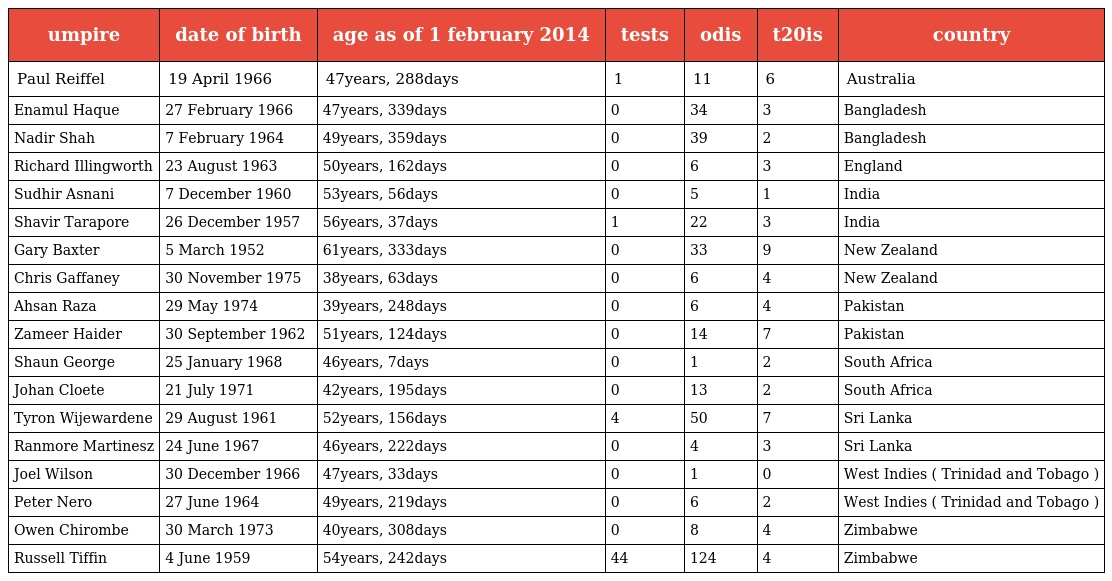
| umpire | date of birth | age as of 1 february 2014 | tests | odis | t20is | country |
 | --- | --- | --- | --- | --- | --- | --- |
 | Paul Reiffel | 19 April 1966 | 47years, 288days | 1 | 11 | 6 | Australia |
 | Enamul Haque | 27 February 1966 | 47years, 339days | 0 | 34 | 3 | Bangladesh |
 | Nadir Shah | 7 February 1964 | 49years, 359days | 0 | 39 | 2 | Bangladesh |
 | Richard Illingworth | 23 August 1963 | 50years, 162days | 0 | 6 | 3 | England |
 | Sudhir Asnani | 7 December 1960 | 53years, 56days | 0 | 5 | 1 | India |
 | Shavir Tarapore | 26 December 1957 | 56years, 37days | 1 | 22 | 3 | India |
 | Gary Baxter | 5 March 1952 | 61years, 333days | 0 | 33 | 9 | New Zealand |
 | Chris Gaffaney | 30 November 1975 | 38years, 63days | 0 | 6 | 4 | New Zealand |
 | Ahsan Raza | 29 May 1974 | 39years, 248days | 0 | 6 | 4 | Pakistan |
 | Zameer Haider | 30 September 1962 | 51years, 124days | 0 | 14 | 7 | Pakistan |
 | Shaun George | 25 January 1968 | 46years, 7days | 0 | 1 | 2 | South Africa |
 | Johan Cloete | 21 July 1971 | 42years, 195days | 0 | 13 | 2 | South Africa |
 | Tyron Wijewardene | 29 August 1961 | 52years, 156days | 4 | 50 | 7 | Sri Lanka |
 | Ranmore Martinesz | 24 June 1967 | 46years, 222days | 0 | 4 | 3 | Sri Lanka |
 | Joel Wilson | 30 December 1966 | 47years, 33days | 0 | 1 | 0 | West Indies ( Trinidad and Tobago ) |
 | Peter Nero | 27 June 1964 | 49years, 219days | 0 | 6 | 2 | West Indies ( Trinidad and Tobago ) |
 | Owen Chirombe | 30 March 1973 | 40years, 308days | 0 | 8 | 4 | Zimbabwe |
 | Russell Tiffin | 4 June 1959 | 54years, 242days | 44 | 124 | 4 | Zimbabwe |